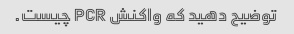
توضیح دهید که واکنش PCR چیست.